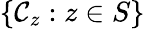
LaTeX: \{ \mathcal{C}_{z}:z\in S\}